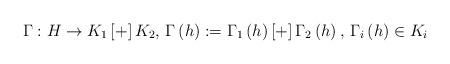
LaTeX: \begin{align*}\Gamma :H\to K_{1}\left[ + \right]K_{2},\thinspace \Gamma \left( h \right):=\Gamma_{1}\left( h \right)\left[ + \right]\Gamma_{2}\left( h \right),\thinspace \Gamma_{i}\left( h \right)\in K_{i}\thinspace \end{align*}